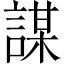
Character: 謀